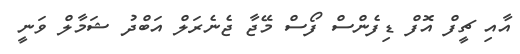
އާއި ޗީފް އޮފް ޑިފެންސް ފޯސް މޭޖާ ޖެނެރަލް އަބްދު ޝަމާލް ވަނީ